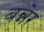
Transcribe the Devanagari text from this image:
बन्नेर